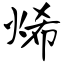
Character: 烯